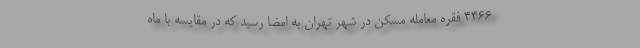
۴۴۶۶ فقره معامله مسکن در شهر تهران به امضا رسید که در مقایسه با ماه